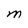
Character: M